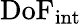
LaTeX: \mathrm{DoF_{int}}